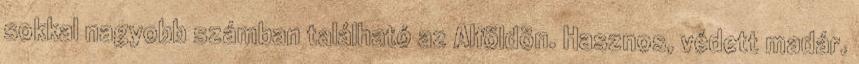
sokkal nagyobb számban található az Alföldön. Hasznos, védett madár.